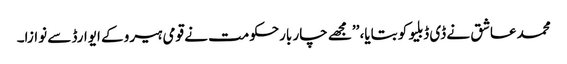
محمد عاشق نے ڈی ڈبلیو کو بتایا، ’’مجھے چار بارحکومت نے قومی ہیرو کے ایوارڈ سے نوازا۔